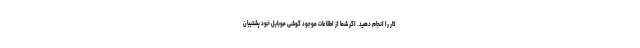
کار را انجام دهید. اگر شما از اطلاعات موجود گوشی موبایل خود پشتیبان